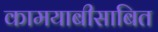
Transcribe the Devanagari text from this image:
कामयाबीसाबित